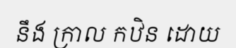
នឹង ក្រាល កឋិន ដោយ